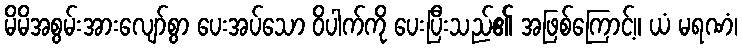
မိမိအစွမ်းအားလျော်စွာ ပေးအပ်သော ဝိပါက်ကို ပေးပြီးသည်၏ အဖြစ်ကြောင့်။ ယံ မရဏံ၊